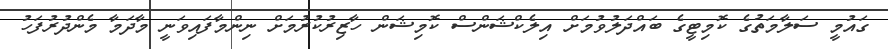
ގައުމީ ސަލާމަތުގެ ކޮމިޓީގެ ބައްދަލުވުމަށް އިލެކްޝަންސް ކޮމިޝަން ހާޒިރުކުރުމަށް ނިންމާފައިވަނީ މާދަމާ މެންދުރުފަހު